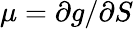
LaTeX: \mu=\partial g/\partial S